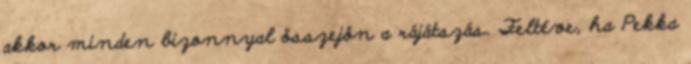
akkor minden bizonnyal összejön a rájátszás. Feltéve, ha Pekka